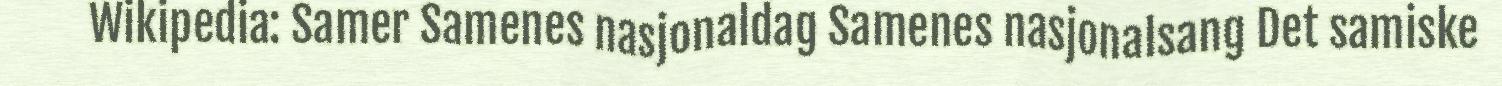
Wikipedia: Samer Samenes nasjonaldag Samenes nasjonalsang Det samiske